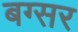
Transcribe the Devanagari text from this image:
बग्सर